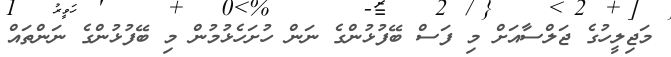
މަޖިލީހުގެ ޖަލްސާއަށް މި ފަސް ބޭފުޅުންގެ ނަން ހުށަހެޅުމުން މި ބޭފުޅުންގެ ނަންތައް